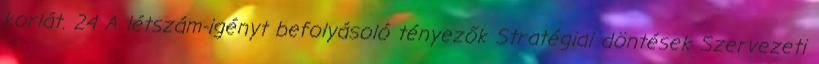
korlát. 24 A létszám-igényt befolyásoló tényezők Stratégiai döntések Szervezeti